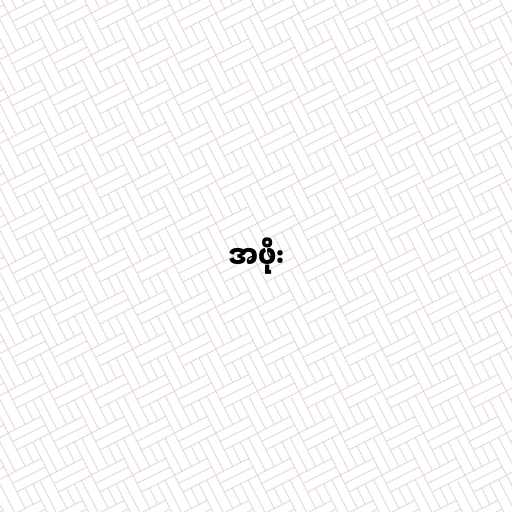
အဖိုး